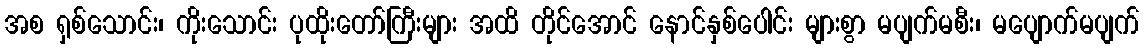
အစ ရှစ်သောင်း၊ ကိုးသောင်း ပုထိုးတော်ကြီးများ အထိ တိုင်အောင် နောင်နှစ်ပေါင်း များစွာ မပျက်မစီး၊ မပျောက်မပျက်